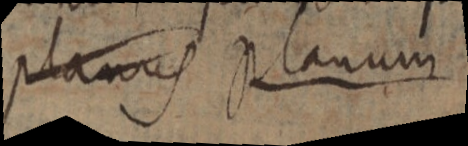
planus planum